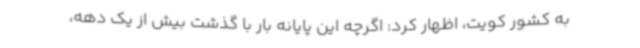
به کشور کویت، اظهار کرد: اگرچه این پایانه بار با گذشت بیش از یک دهه،